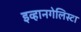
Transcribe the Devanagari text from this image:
इव्हानगेलिस्टा